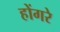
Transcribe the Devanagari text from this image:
होंगरे